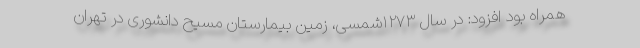
همراه بود افزود: در سال ۱۲۷۳شمسی، زمین بیمارستان مسیح دانشوری در تهران